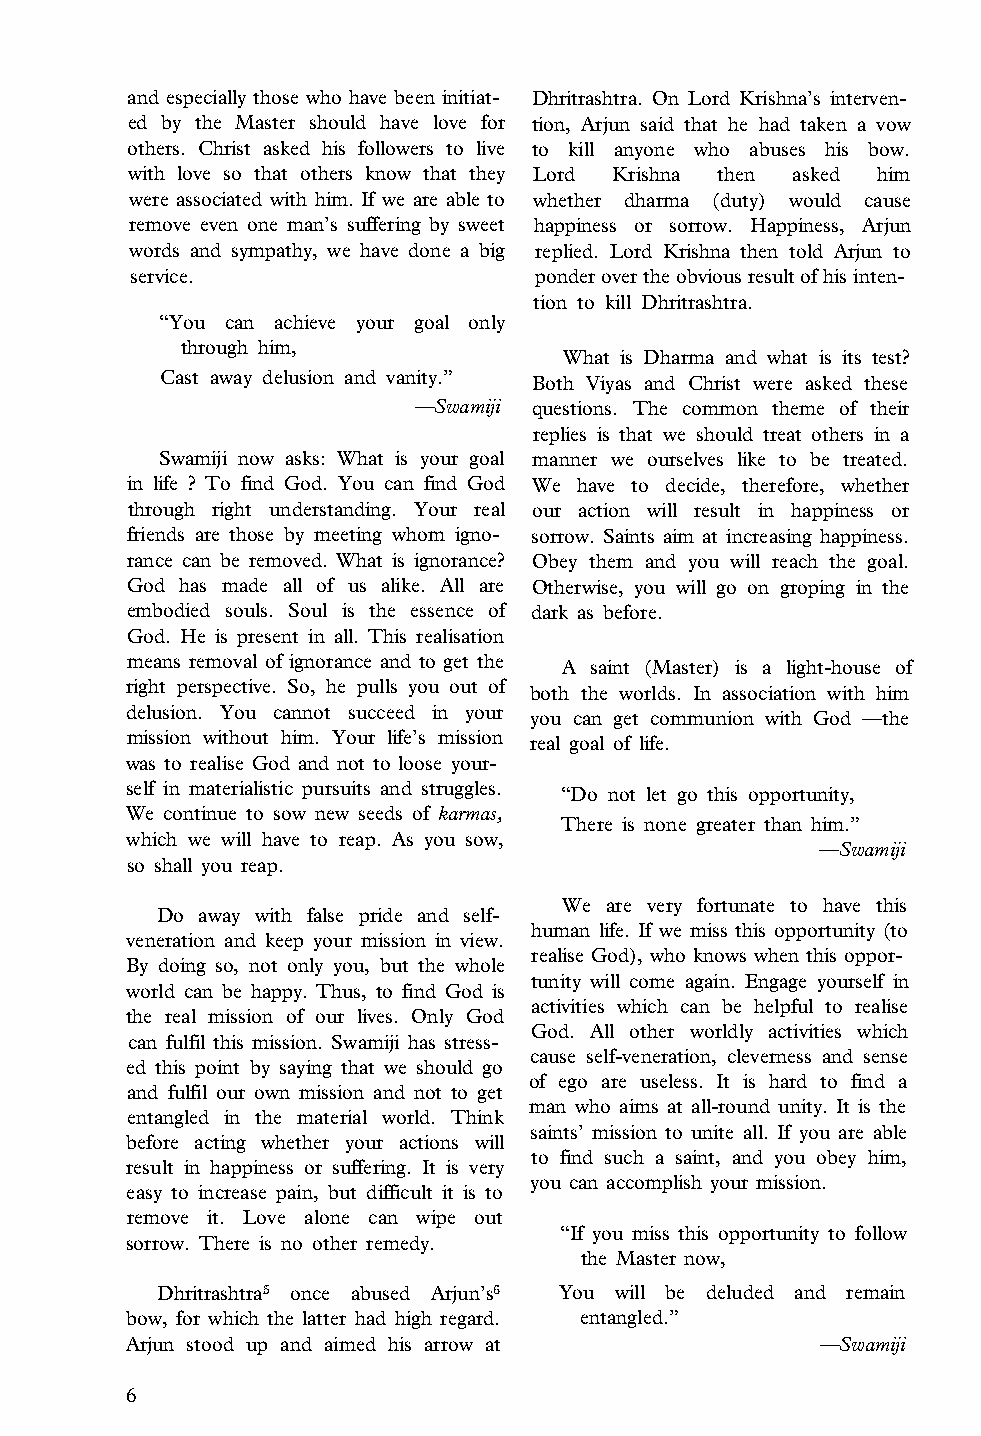
and especially those who have been initiat­ Dhritrashtra. On Lord Krishna’s interven­
 ed by the Master should have love for tion, Arjun said that he had taken a vow
 others. Christ asked his followers to live to kill anyone who abuses his bow.
 with love so that others know that they Lord Krishna then asked him
 were associated with him. If we are able to whether dharma (duty) would cause
 remove even one man’s suffering by sweet happiness or sorrow. Happiness, Arjun
 words and sympathy, we have done a big replied. Lord Krishna then told Arjun to
 service.                   ponder over the obvious result of his inten­
 tion to kill Dhritrashtra.
 “You can achieve your goal only
 through him,
 What is Dharma and what is its test?
 Cast away delusion and vanity.” Both Viyas and Christ were asked these
 —Swamiji questions. The common theme of their
 replies is that we should treat others in a
 Swamiji now asks: What is your goal manner we ourselves like to be treated.
 in life ? To find God. You can find God We have to decide, therefore, whether
 through right understanding. Your real our action will result in happiness or
 friends are those by meeting whom igno­ sorrow. Saints aim at increasing happiness.
 rance can be removed. What is ignorance? Obey them and you will reach the goal.
 God has made all of us alike. All are Otherwise, you will go on groping in the
 embodied souls. Soul is the essence of dark as before.
 God. He is present in all. This realisation
 means removal of ignorance and to get the
 A saint (Master) is a light-house of
 right perspective. So, he pulls you out of
 both the worlds. In association with him
 delusion. You cannot succeed in your you can get communion with God —the
 mission without him. Your life’s mission real goal of life.
 was to realise God and not to loose your­
 self in materialistic pursuits and struggles.
 “Do not let go this opportunity,
 We continue to sow new seeds of karmas,
 There is none greater than him.”
 which we will have to reap. As you sow,
 —Swamiji
 so shall you reap.
 We are very fortunate to have this
 Do away with false pride and self­
 human life. If we miss this opportunity (to
 veneration and keep your mission in view.
 realise God), who knows when this oppor­
 By doing so, not only you, but the whole
 tunity will come again. Engage yourself in
 world can be happy. Thus, to find God is
 activities which can be helpful to realise
 the real mission of our lives. Only God
 God. All other worldly activities which
 can fulfil this mission. Swamiji has stress­
 cause self-veneration, cleverness and sense
 ed this point by saying that we should go
 of ego are useless. It is hard to find a
 and fulfil our own mission and not to get
 man who aims at all-round unity. It is the
 entangled in the material world. Think
 saints’ mission to unite all. If you are able
 before acting whether your actions will
 to find such a saint, and you obey him,
 result in happiness or suffering. It is very
 you can accomplish your mission.
 easy to increase pain, but difficult it is to
 remove it. Love alone can wipe out
 “If you miss this opportunity to follow
 sorrow. There is no other remedy.
 the Master now,
 Dhritrashtra5 once abused Arjun’s6 You will be deluded and remain
 bow, for which the latter had high regard. entangled.”
 Arjun stood up and aimed his arrow at        —Swamiji
 6